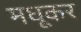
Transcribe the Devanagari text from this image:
मधूकर